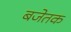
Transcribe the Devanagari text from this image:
बजेतक